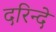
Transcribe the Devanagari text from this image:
दरिन्दे